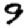
Digit: 9